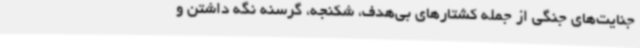
جنایت‌های جنگی از جمله کشتارهای بی‌هدف، شکنجه، گرسنه نگه داشتن و